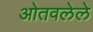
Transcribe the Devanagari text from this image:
ओतवलेले